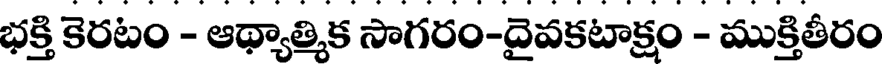
భక్తి కెరటం - ఆథ్యాత్మిక సాగరం-దైవకటాక్షం - ముక్తితీరం